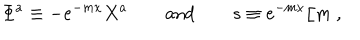
\Phi ^ { a } \equiv - e ^ { - m x } X ^ { a } \qquad \mathrm { a n d } \qquad s \equiv e ^ { - m x } / m \ ,